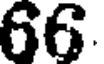
66.